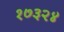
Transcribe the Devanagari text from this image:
१७३२४